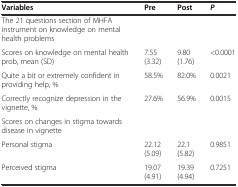
<table><thead><tr><td><b>Variables</b></td><td><b>Pre</b></td><td><b>Post</b></td><td><b><i>P</i></b></td></tr></thead><tbody><tr><td colspan="4">The 21 questions section of MHFA instrument on knowledge on mental health problems</td></tr><tr><td>Scores on knowledge on mental health prob, mean (SD)</td><td>7.55 (3.32)</td><td>9.80 (1.76)</td><td>&lt;0.0001</td></tr><tr><td>Quite a bit or extremely confident in providing help, %</td><td>58.5%</td><td>82.0%</td><td>0.0021</td></tr><tr><td>Correctly recognize depression in the vignette, %</td><td>27.6%</td><td>56.9%</td><td>0.0015</td></tr><tr><td colspan="4">Scores on changes in stigma towards disease in vignette</td></tr><tr><td>Personal stigma</td><td>22.12 (5.09)</td><td>22.1 (5.82)</td><td>0.9851</td></tr><tr><td>Perceived stigma</td><td>19.07 (4.91)</td><td>19.39 (4.94)</td><td>0.7251</td></tr></tbody></table>